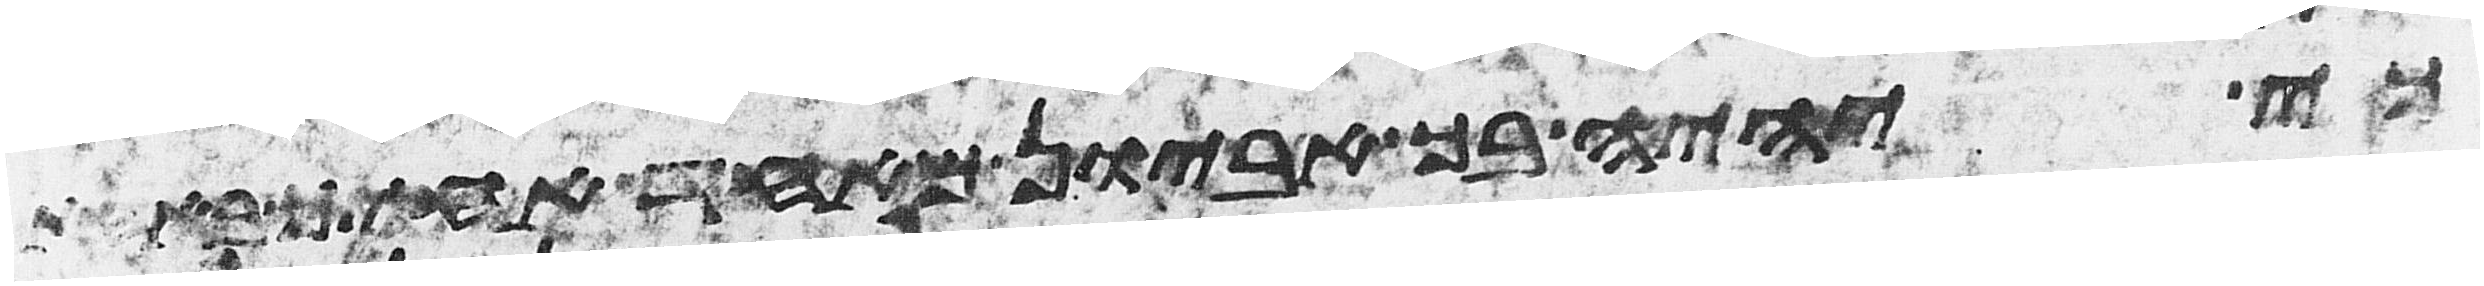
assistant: כי יהיה בך אביון מאחד אחיך באחת